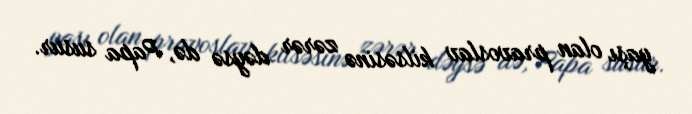
yaşı olan pravoslav kilsəsinə zərər dəysə də, Papa susur.